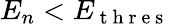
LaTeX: E_{n}<E_{\mathrm{~t~h~r~e~s~}}